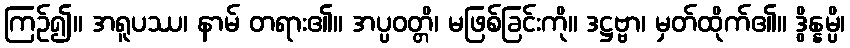
ကြဉ်၍။ အရူပဿ၊ နာမ် တရား၏။ အပ္ပဝတ္တိ၊ မဖြစ်ခြင်းကို။ ဒဋ္ဌဗ္ဗာ၊ မှတ်ထိုက်၏။ ဒွိန္နမ္ပိ၊